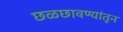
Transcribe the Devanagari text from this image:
छळछावण्यांतून